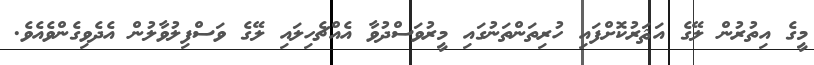
މީގެ އިތުރުން ލޭގެ އަޘަރުކޮށްފައި ހުރިތަންތަނުގައި މީރުވަސްދުވާ އެއްޗެހިލައި ލޭގެ ވަސްފިލުވާލުން އެދެވިގެންވެއެވެ.